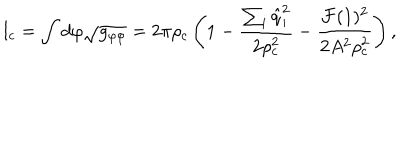
l _ { c } = \int d \varphi \sqrt { g _ { \varphi \varphi } } = 2 \pi \rho _ { c } \left( 1 - { \frac { \sum _ { i } { \hat { q } } _ { i } ^ { 2 } } { 2 \rho _ { c } ^ { 2 } } } - { \frac { { \cal F } ( 1 ) ^ { 2 } } { 2 A ^ { 2 } \rho _ { c } ^ { 2 } } } \right) ,